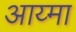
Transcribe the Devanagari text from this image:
आय्मा